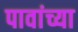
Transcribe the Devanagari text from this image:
पावांच्या